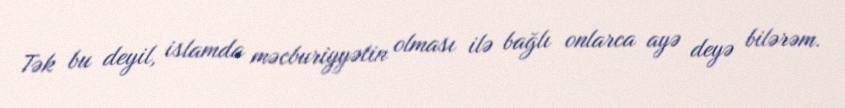
Tək bu deyil, islamda məcburiyyətin olması ilə bağlı onlarca ayə deyə bilərəm.